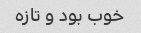
خوب بود و تازه